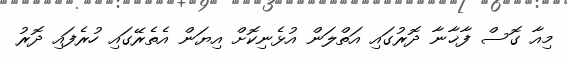
މިއާ ގޮސް ފާޚާނާ ދޮރުގައި އަތްލަން އުޅެނިކޮށް އިޔަން އެތެރޭގައި ހުރެފައި ދޮރު